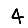
Digit: 4